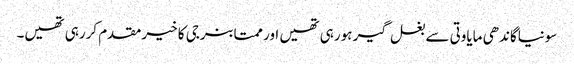
سونیاگاندھی مایاوتی سے بغل گیر ہورہی تھیں اور ممتابنرجی کا خیرمقدم کررہی تھیں۔